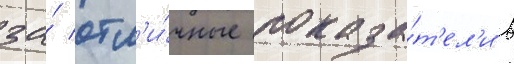
за́ отл'и́чные показа́т'ел'и в